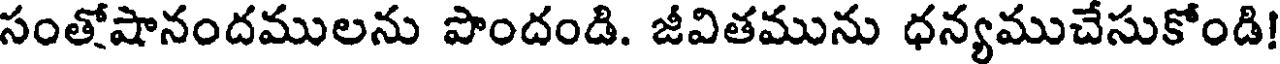
సంతోషానందములను పొందండి. జీవితమును ధన్యముచేసుకోండి!